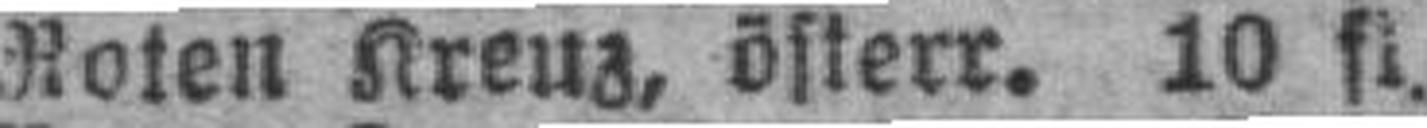
Roten Kreuz, österr. 10 fl.